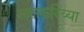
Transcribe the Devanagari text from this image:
असकरिय्या